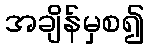
အချိန်မှစ၍